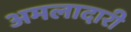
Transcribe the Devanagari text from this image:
अमलादारी